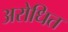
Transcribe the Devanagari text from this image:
अरोधित